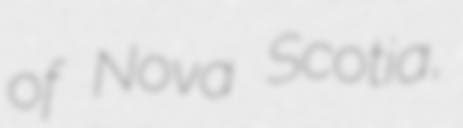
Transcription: of Nova Scotia,